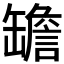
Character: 𦉜